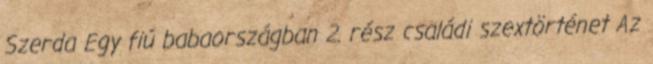
Szerda Egy fiú babaországban 2. rész családi szextörténet Az